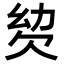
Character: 𣢢